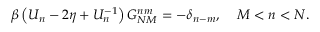
\beta \left( U _ { n } - 2 \eta + U _ { n } ^ { - 1 } \right) G _ { N M } ^ { n m } = - \delta _ { n - m } , \; \; \; \; M < n < N .